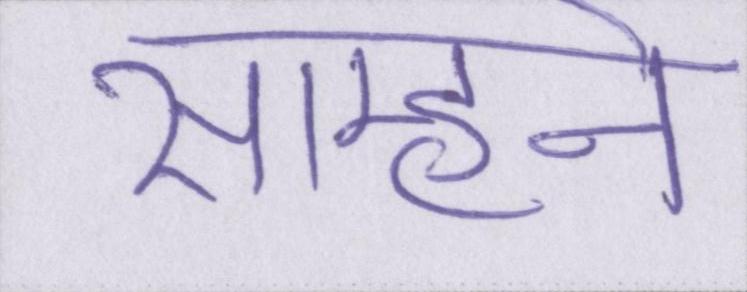
साम्हने